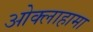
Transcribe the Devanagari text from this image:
ओक्लाहामा